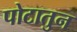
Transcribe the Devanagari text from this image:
पोटातुन